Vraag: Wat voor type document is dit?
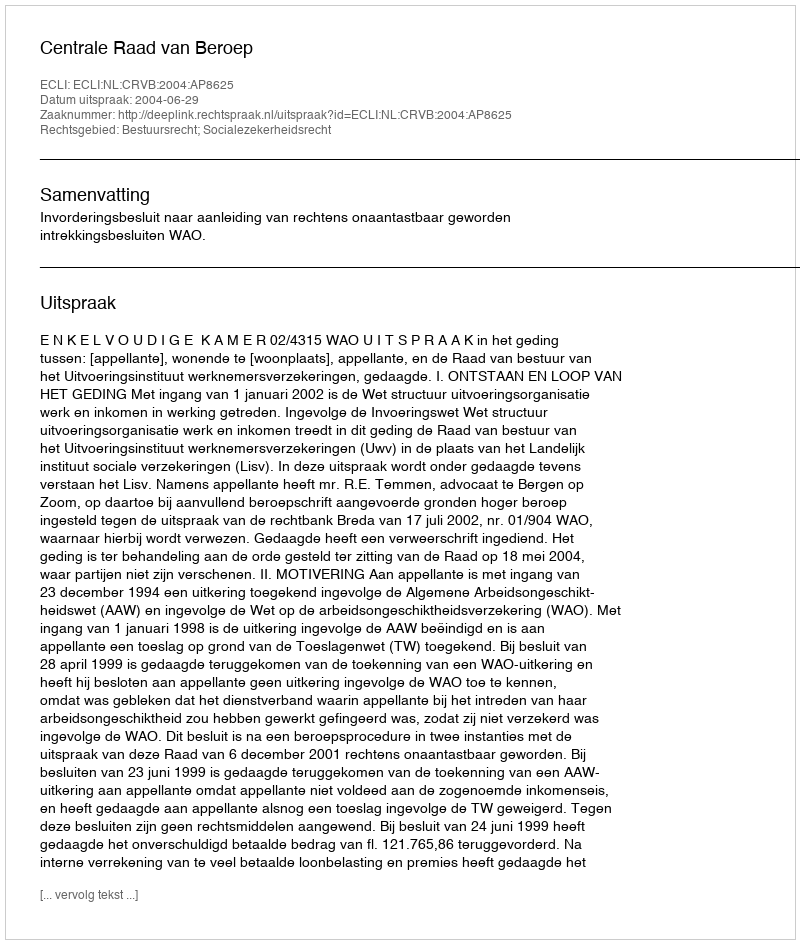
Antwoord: Uitspraak